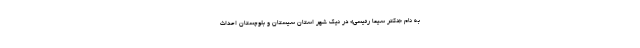
به نام «دکتر سیما رئیسی» در نیک شهر استان سیستان و بلوچستان احداث